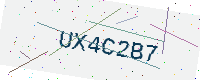
Text: UX4C2B7